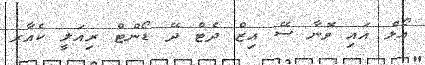
އޯލް އައި ވޮނާ ސޭ އިޒް ދެޓް ދޭ ޑޯންޓް ރިއަލީ ކެއާރ